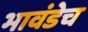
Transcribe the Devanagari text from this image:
भावंडेच